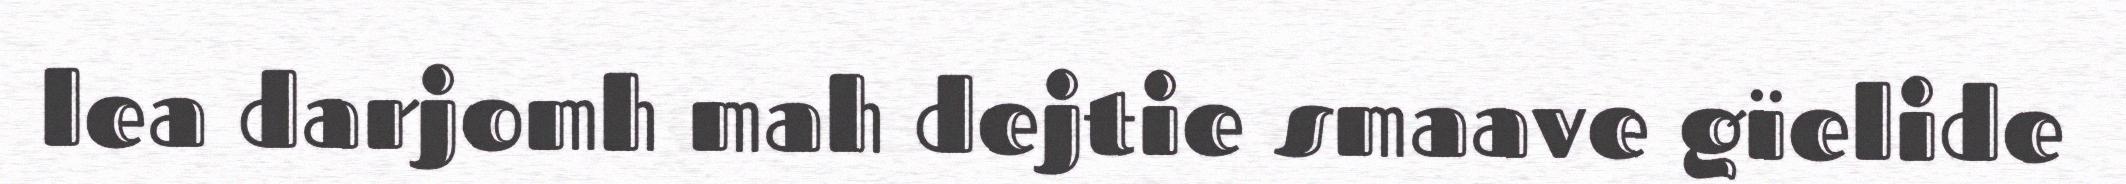
lea darjomh mah dejtie smaave gïelide